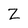
Character: Z